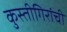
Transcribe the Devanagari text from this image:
कुस्तीगिरांची